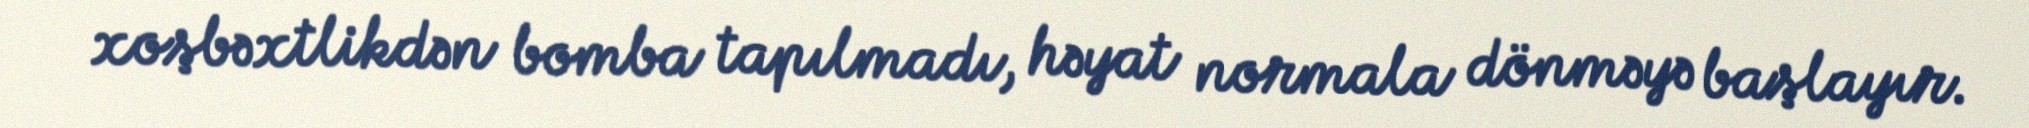
xoşbəxtlikdən bomba tapılmadı, həyat normala dönməyə başlayır.